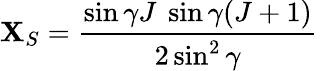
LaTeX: {\mathbf X}_{S}=\frac{\sin\gamma J\ \sin\gamma(J+1)}{2\sin^{2}\gamma}\,